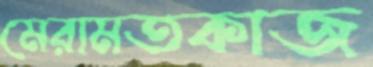
মেরামতকাজ